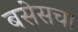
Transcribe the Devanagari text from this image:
बसेसचा